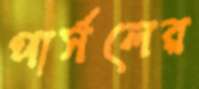
পার্সলের